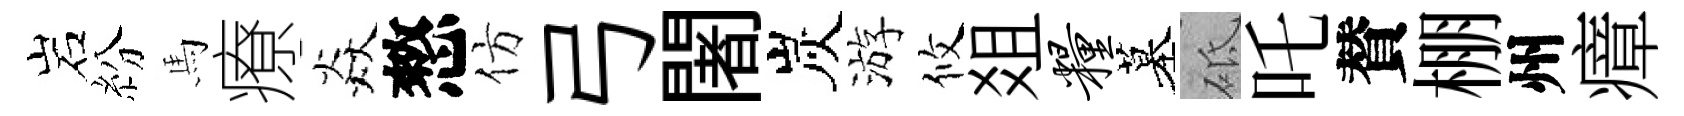
岩紛馬療焱憗仿弓闍炭游攸爼粮墓砥吒賛棚州瘴